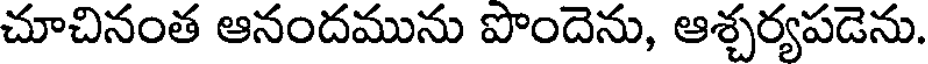
చూచినంత ఆనందమును పొందెను, ఆశ్చర్యపడెను.